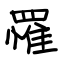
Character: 罹